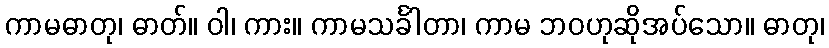
ကာမဓာတု၊ ဓာတ်။ ဝါ၊ ကား။ ကာမသင်္ခါတာ၊ ကာမ ဘဝဟုဆိုအပ်သော။ ဓာတု၊